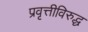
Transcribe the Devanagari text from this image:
प्रवृत्तीविरुद्ध